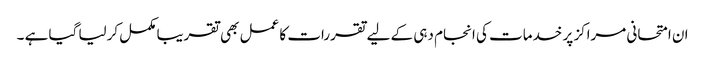
ان امتحانی مراکز پر خدمات کی انجام دہی کے لیے تقررات کا عمل بھی تقریبا مکمل کرلیا گیا ہے ۔